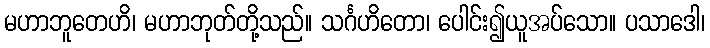
မဟာဘူတေဟိ၊ မဟာဘုတ်တို့သည်။ သင်္ဂဟိတော၊ ပေါင်း၍ယူအပ်သော။ ပသာဒေါ၊